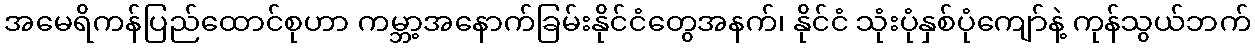
အမေရိကန်ပြည်ထောင်စုဟာ ကမ္ဘာ့အနောက်ခြမ်းနိုင်ငံတွေအနက်၊ နိုင်ငံ သုံးပုံနှစ်ပုံကျော်နဲ့ ကုန်သွယ်ဘက်